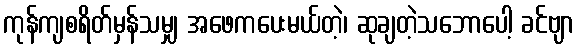
ကုန်ကျစရိတ်မှန်သမျှ အဖေကပေးမယ်တဲ့၊ ဆုချတဲ့သဘောပေါ့ ခင်ဗျာ